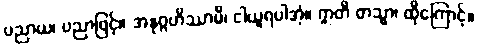
ပညာယ၊ ပညာဖြင့်။ အနုဂ္ဂဟိဿာမိ၊ ငါယူရပါအံ့။ ဣတိ တသ္မာ၊ ထိုကြောင့်။